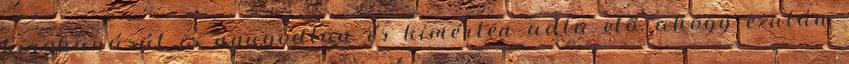
kirohanását is nyugodtan és kimérten adta elő, ahogy ezután